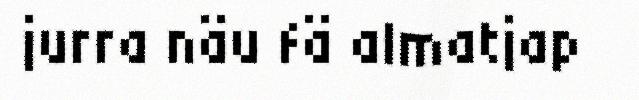
jurra näu fä almatjap